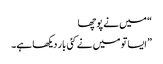
“ میں نے پوچھا
” ایسا تو میں نے کئی بار دیکھا ہے۔